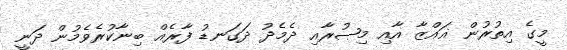
މީގެ އިތުރުން ޣައްޒާ އާއި މިޞުރާއި ދެމެދު ދަގަނޑު ފާރެއް ބިނާކުރެވެމުން ދަނީ